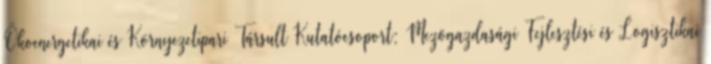
Ökoenergetikai és Környezetipari Társult Kutatócsoport; Mezõgazdasági Fejlesztési és Logisztikai